Indian Civil Veterinary Department memoirs
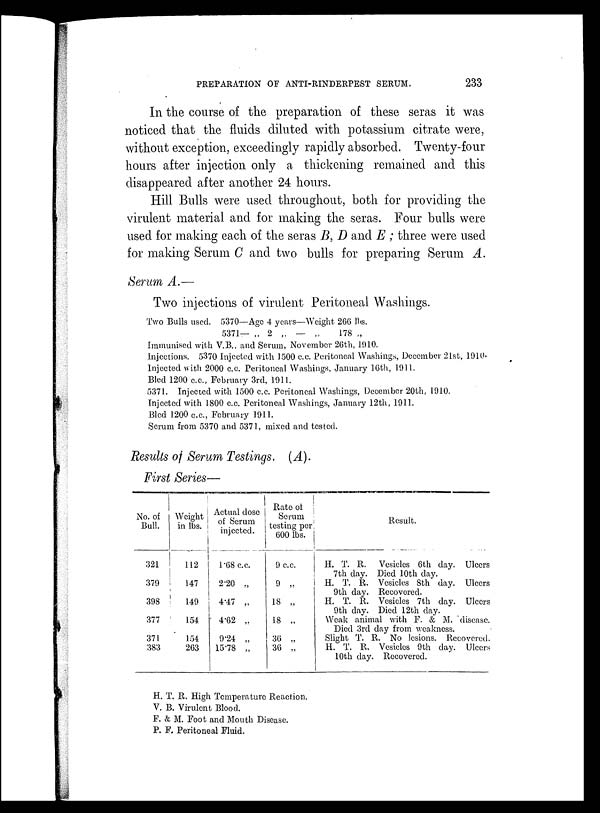
PREPARATION OF ANTI-RINDERPEST SERUM.
233
In the course of the preparation of these seras it was
noticed that the fluids diluted with potassium citrate were,
without exception, exceedingly rapidly absorbed. Twenty-four
hours after injection only a thickening remained and this
disappeared after another 24 hours.
Hill Bulls were used throughout, both for providing the
virulent material and for making the seras. Four bulls were
used for making each of the seras B, D and E ; three were used
for making Serum C and two bulls for preparing Serum A.
Serum A.—
Two injections of virulent Peritoneal Washings.
Two Bulls used. 5370—Age 4 years—Weight 266 lbs.
5371— „ 2 „ — „
178 „
Immunised with V.B., and Serum, November 26th, 1910.
Injections. 5370 Injected with 1500 c.c. Peritoneal Washings, December 21st, 1910.
Injected with 2000 c.c. Peritoneal Washings, January 16th, 1911.
Bled 1200 c.c, February 3rd, 1911.
5371. Injected with 1500 c.c. Peritoneal Washings, December 20th, 1910.
Injected with 1800 c.c. Peritoneal Washings, January 12th, 1911.
Bled 1200 c.c., February 1911.
Serum from 5370 and 5371, mixed and tested.
Results of Serum Testings. (A).
First Series—
No. of
Bull.
321
379
398
377
371
383
Weight
in lbs.
112
147
149
154
154
263
Actual dose
of Serum
injected.
1.68 c.c.
2.20 „
4.47 „
4.62 „
9.24 „
15.78 „
Rate of
Serum
testing per
600 lbs.
9 c.c.
9 „
18 „
18 „
36 „
36 „
Result.
H. T. R. Vesicles 6th day. Ulcers
7th day. Died 10th day.
H. T. R. Vesicles 8th day. Ulcers
9th day. Recovered.
H. T. R. Vesicles 7th day. Ulcers
9th day. Died 12th day.
Weak animal with F. & M. disease.
Died 3rd day from weakness.
Slight T. R. No lesions. Recovered.
H. T. R. Vesicles 9th day. Ulcers
10th day. Recovered.
H. T. R. High Temperature Reaction.
V. B. Virulent Blood.
F. & M. Foot and Mouth Disease.
P. F. Peritoneal Fluid.